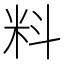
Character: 料